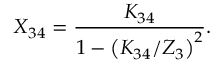
X _ { 3 4 } = \frac { K _ { 3 4 } } { 1 - \left( K _ { 3 4 } / Z _ { 3 } \right) ^ { 2 } } .